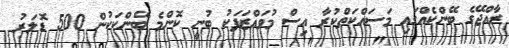
ރާއްޖޭގެ ބޭންކެއްގައި މަސައްކަތްކުރާ އިސް މުވައްޒަފަކު ބުނީ ކޮންމެ ބޭންކަކުން 500 ޑޮލަރު